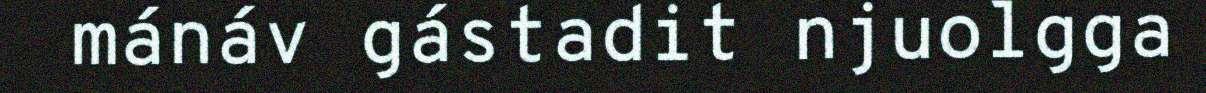
mánáv gástadit njuolgga